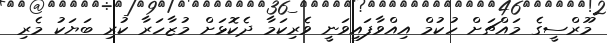
މޫރްސީގެ މައްޗަށް ހުކުމް އިއްވާފައިވަނީ ވެރިކަމާ ދެކޮޅަށް މުޒާހަރާ ކުރި ބަޔަކު މެރި